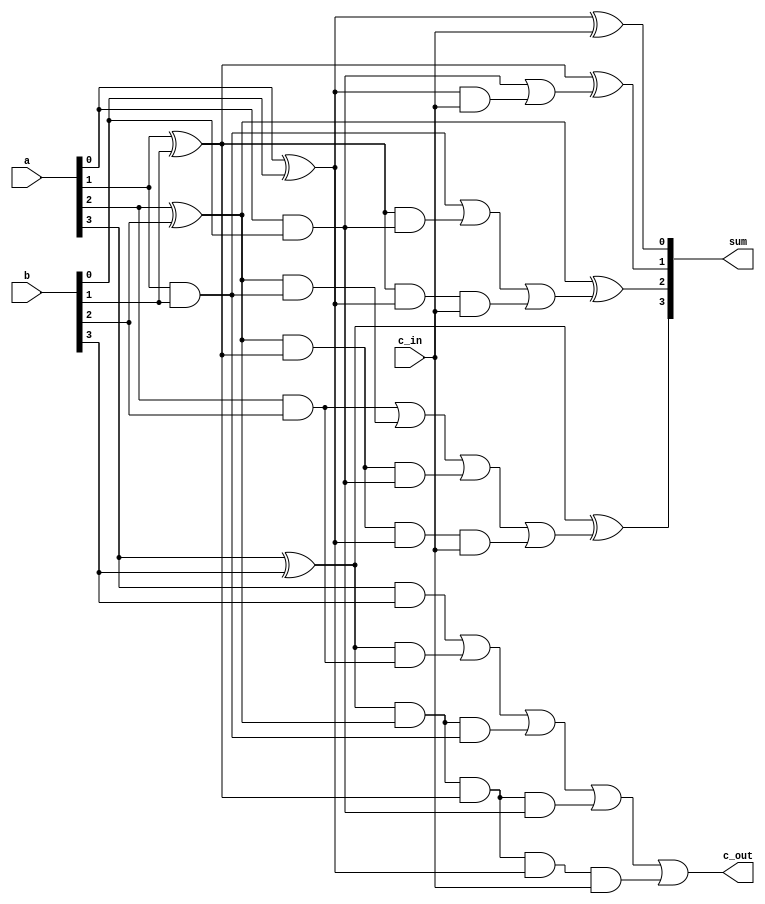
module carry_look_ahead_adder_4_bit(
  output [3:0] sum  ,
  output       c_out,
  input [3:0]  a    ,
  input [3:0]  b    ,
  input        c_in
);
  // Internal wires
  wire p0,g0, p1,g1, p2,g2, p3,g3;
  wire c4, c3, c2, c1;
  // compute the p for each stage
  assign p0 = a[0] ^ b[0];
  assign p1 = a[1] ^ b[1];
  assign p2 = a[2] ^ b[2];
  assign p3 = a[3] ^ b[3];
  // compute the g for each stage
  assign g0 = a[0] & b[0];
  assign g1 = a[1] & b[1];
  assign g2 = a[2] & b[2];
  assign g3 = a[3] & b[3];
  // compute the carry for each stage
  // Note that c_in is equivalent c0 in the arithmetic equation for
  // carry lookahead computation
  assign c1 = g0 | (p0 & c_in);
  assign c2 = g1 | (p1 & g0) | (p1 & p0 & c_in);
  assign c3 = g2 | (p2 & g1) | (p2 & p1 & g0) | (p2 & p1 & p0 & c_in);
  assign c4 = g3 | (p3 & g2) | (p3 & p2 & g1) | (p3 & p2 & p1 & g0) | (p3 & p2 & p1 & p0 & c_in);
  // Compute Sum
  assign sum[0] = p0 ^ c_in;
  assign sum[1] = p1 ^ c1;
  assign sum[2] = p2 ^ c2;
  assign sum[3] = p3 ^ c3;
  // Assign carry output
  assign c_out = c4;
endmodule